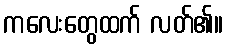
ကလေးတွေထက် လတ်၏။